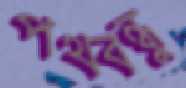
পথবন্ধু